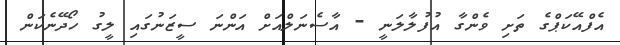
އެފްއޭކަޕްގެ ތަށި ވެންގާ އުފުލާލަނީ - އާސެނަލްއަށް އަންނަ ސީޒަނުގައި ލީގު ހޯދޭނެކަން